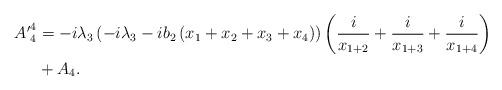
LaTeX: \begin{align*}{A'}^4_4&= -i\lambda_3 \left( -i\lambda_3 -i b_2 \left( x_1+x_2+x_3+x_4 \right) \right) \left( \frac{i}{x_{1+2}} + \frac{i}{x_{1+3}} + \frac{i}{x_{1+4}} \right) \\&+A_4.\end{align*}